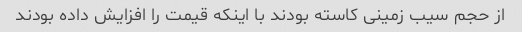
از حجم سیب زمینی کاسته بودند با اینکه قیمت را افزایش داده بودند